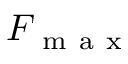
F _ { \mathrm { ~ m ~ a ~ x ~ } }